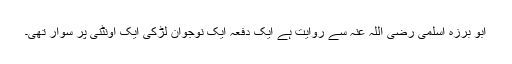
ابو برزہ اسلمی رضی اللہ عنہ سے روایت ہے ایک دفعہ ایک نوجوان لڑکی ایک اونٹنی پر سوار تھی۔